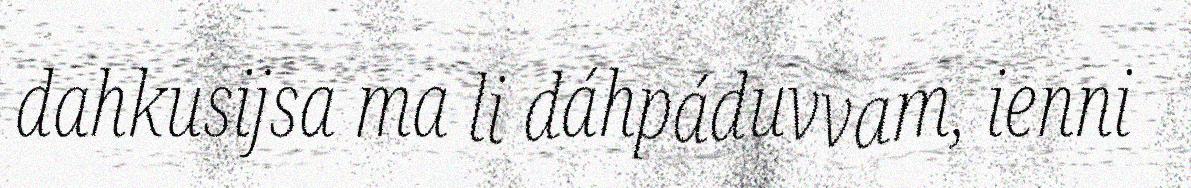
dahkusijsa ma li dáhpáduvvam, ienni